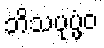
ဘိသပုပ္ဖံဝ